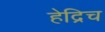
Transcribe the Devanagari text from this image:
हेद्रिच